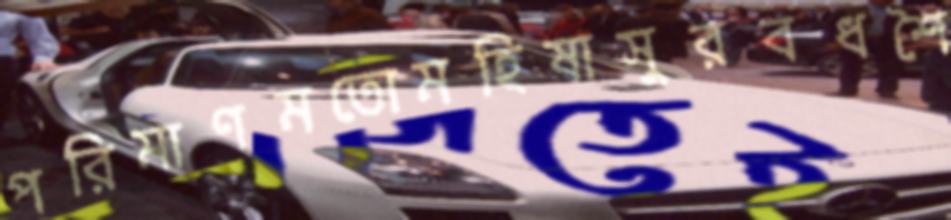
পরিমাণমতোমহিষাসুরবধশৈ